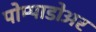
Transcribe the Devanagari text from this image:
पोम्पाडोअर